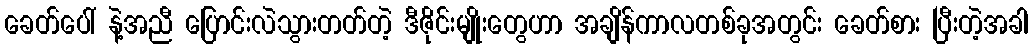
ခေတ်ပေါ် နဲ့အညီ ပြောင်းလဲသွားတတ်တဲ့ ဒီဇိုင်းမျိုးတွေဟာ အချိန်ကာလတစ်ခုအတွင်း ခေတ်စား ပြီးတဲ့အခါ